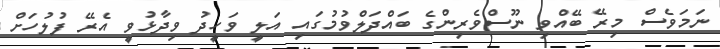
ނަމަވެސް މިރޭ ބޭއްވި ނޫސްވެރިންގެ ބައްދަލްވުމުގައި އަލީ ވަހީދު ވިދާޅުވީ އެރޭ ފުލުހަށް